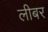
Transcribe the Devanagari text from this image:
लीबर